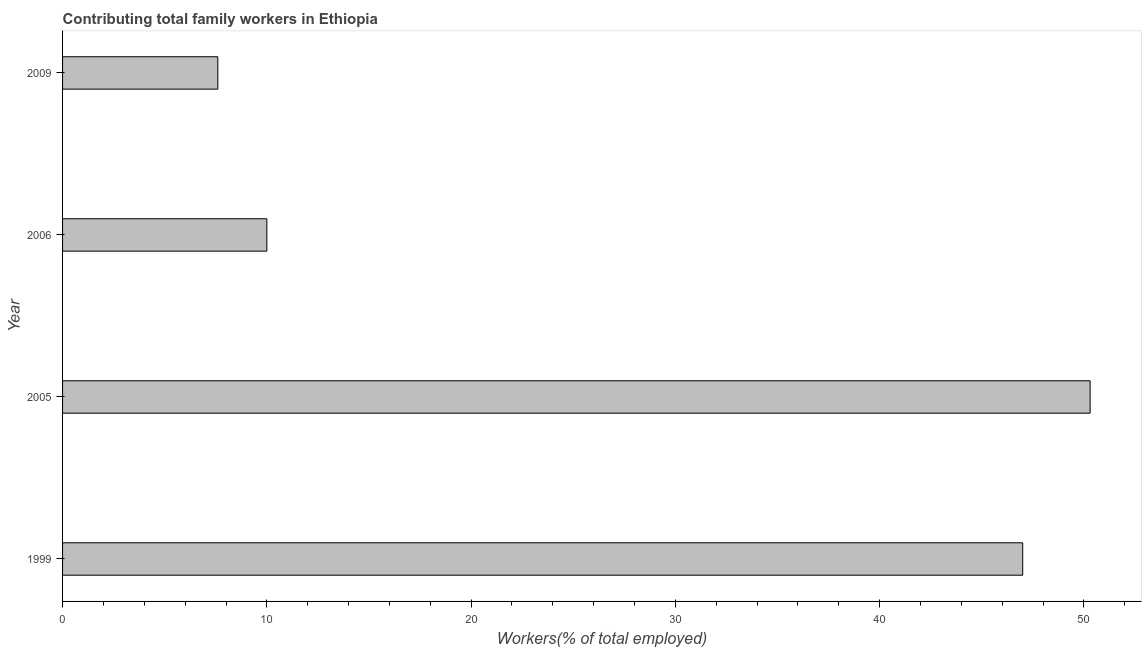
| Year | Contributing family workers |
 | --- | --- |
 | 1999 | 47 |
 | 2005 | 50.3 |
 | 2006 | 10 |
 | 2009 | 7.6 |